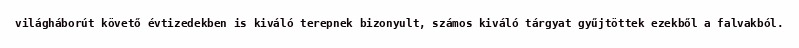
világháborút követő évtizedekben is kiváló terepnek bizonyult, számos kiváló tárgyat gyűjtöttek ezekből a falvakból.